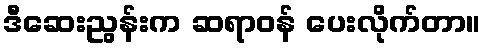
ဒီဆေးညွန်းက ဆရာဝန် ပေးလိုက်တာ။